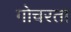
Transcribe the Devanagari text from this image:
गोचरता